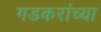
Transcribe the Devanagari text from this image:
गडकरांच्या